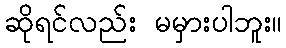
ဆိုရင်လည်း မမှားပါဘူး။